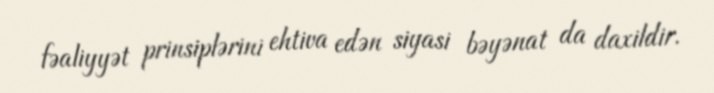
fəaliyyət prinsiplərini ehtiva edən siyasi bəyənat da daxildir.